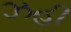
ઝહી